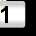
Digit: 1